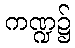
ကဏ္ဍ၌